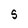
Character: 5